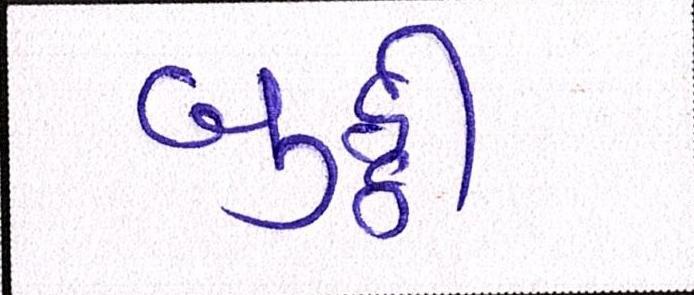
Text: બુઠ્ઠી